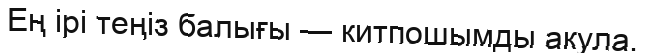
Ең ірі теңіз балығы — китпошымды акула.